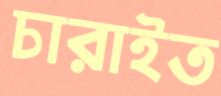
চারাইত